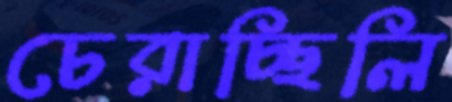
চেরাচ্ছিলি